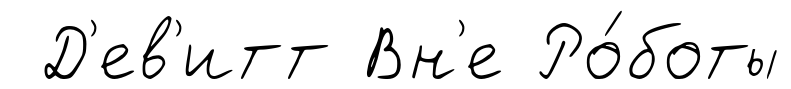
Д'ев'итт Вн'е Ро́боты